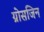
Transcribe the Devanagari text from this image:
ग्रोसजिन